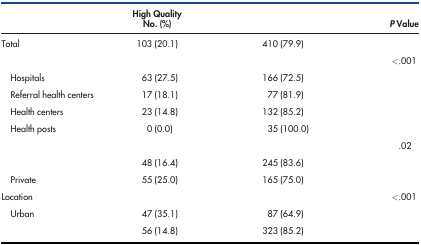
<table><thead><tr><td>[EMPTY_CELL]</td><td><b>High Quality No. (%)</b></td><td>[EMPTY_CELL]</td><td><b><i>P</i> Value</b></td></tr></thead><tbody><tr><td>Total</td><td>103 (20.1)</td><td>410 (79.9)</td><td>[EMPTY_CELL]</td></tr><tr><td>[EMPTY_CELL]</td><td>[EMPTY_CELL]</td><td>[EMPTY_CELL]</td><td>&lt;.001</td></tr><tr><td>Hospitals</td><td>63 (27.5)</td><td>166 (72.5)</td><td>[EMPTY_CELL]</td></tr><tr><td>Referral health centers</td><td>17 (18.1)</td><td>77 (81.9)</td><td>[EMPTY_CELL]</td></tr><tr><td>Health centers</td><td>23 (14.8)</td><td>132 (85.2)</td><td>[EMPTY_CELL]</td></tr><tr><td>Health posts</td><td>0 (0.0)</td><td>35 (100.0)</td><td>[EMPTY_CELL]</td></tr><tr><td>[EMPTY_CELL]</td><td>[EMPTY_CELL]</td><td>[EMPTY_CELL]</td><td>.02</td></tr><tr><td>[EMPTY_CELL]</td><td>48 (16.4)</td><td>245 (83.6)</td><td>[EMPTY_CELL]</td></tr><tr><td>Private</td><td>55 (25.0)</td><td>165 (75.0)</td><td>[EMPTY_CELL]</td></tr><tr><td>Location</td><td>[EMPTY_CELL]</td><td>[EMPTY_CELL]</td><td>&lt;.001</td></tr><tr><td>Urban</td><td>47 (35.1)</td><td>87 (64.9)</td><td>[EMPTY_CELL]</td></tr><tr><td>[EMPTY_CELL]</td><td>56 (14.8)</td><td>323 (85.2)</td><td>[EMPTY_CELL]</td></tr></tbody></table>